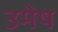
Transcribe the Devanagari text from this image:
उमेष